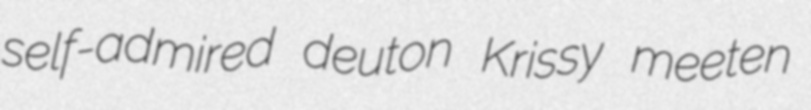
self-admired deuton Krissy meeten